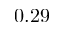
0 . 2 9